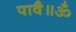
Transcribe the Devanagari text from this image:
पावै॥ॐ